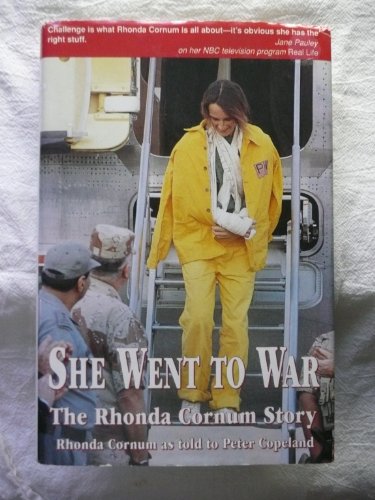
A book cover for She Went to War: The Rhonda Cornum Story; Rhonda Cornum; History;